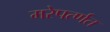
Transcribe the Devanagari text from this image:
मरेपर्त्णत